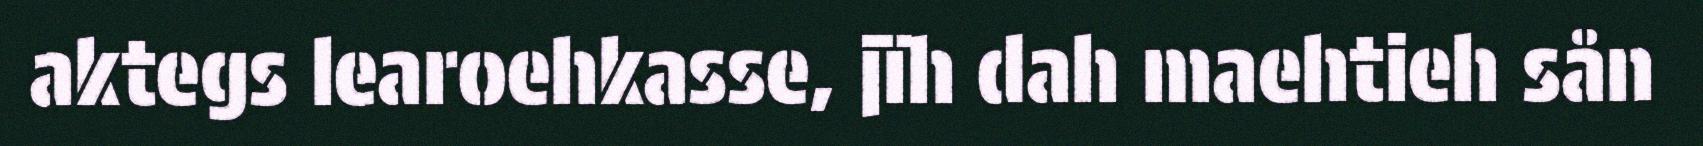
aktegs learoehkasse, jïh dah maehtieh sån